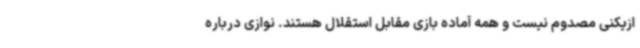
ازیکنی مصدوم نیست و همه آماده بازی مقابل استقلال هستند. نوازی درباره